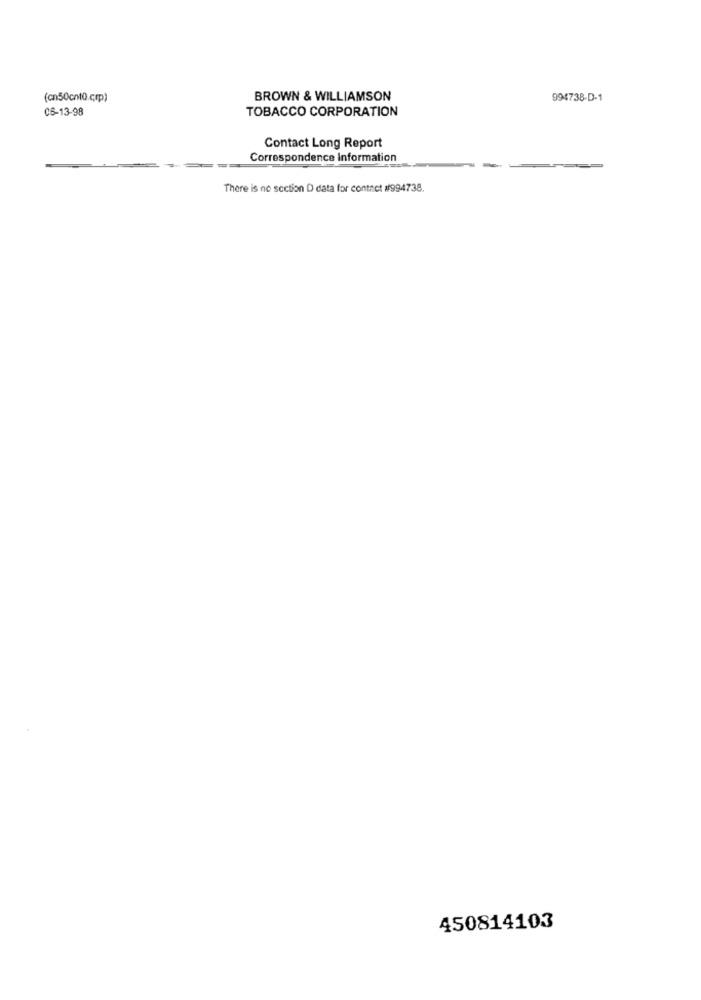
(cn50cnt0.crp)
BROWN & WILLIAMSON
994738-D-1
06-13-98
TOBACCO CORPORATION
Contact Long Report
Correspondence Information
There is no section D data for contact #1994738.
450814103